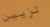
تزيين